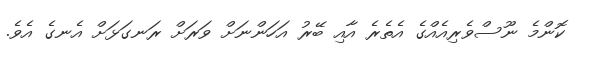
ކޮންމެ ނޫސްވެރިއެއްގެ އެތެރެ އާއި ބޭރު އަހަންނަށް ވަރަށް ރަނގަޅަށް އެނގެ އެވެ.